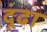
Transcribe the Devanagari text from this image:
दूंढा